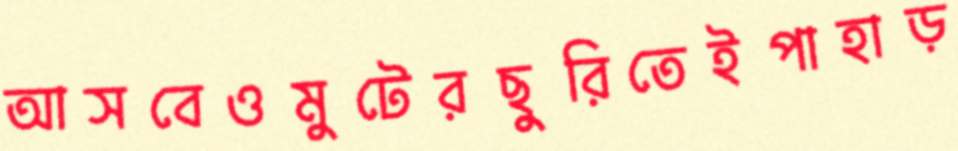
আসবেওমুটেরছুরিতেইপাহাড়